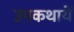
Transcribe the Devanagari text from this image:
उपकथायें